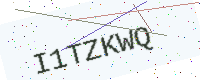
Text: I1TZKWQ